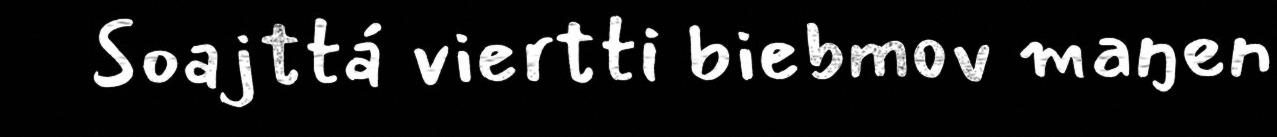
Soajttá viertti biebmov maŋen